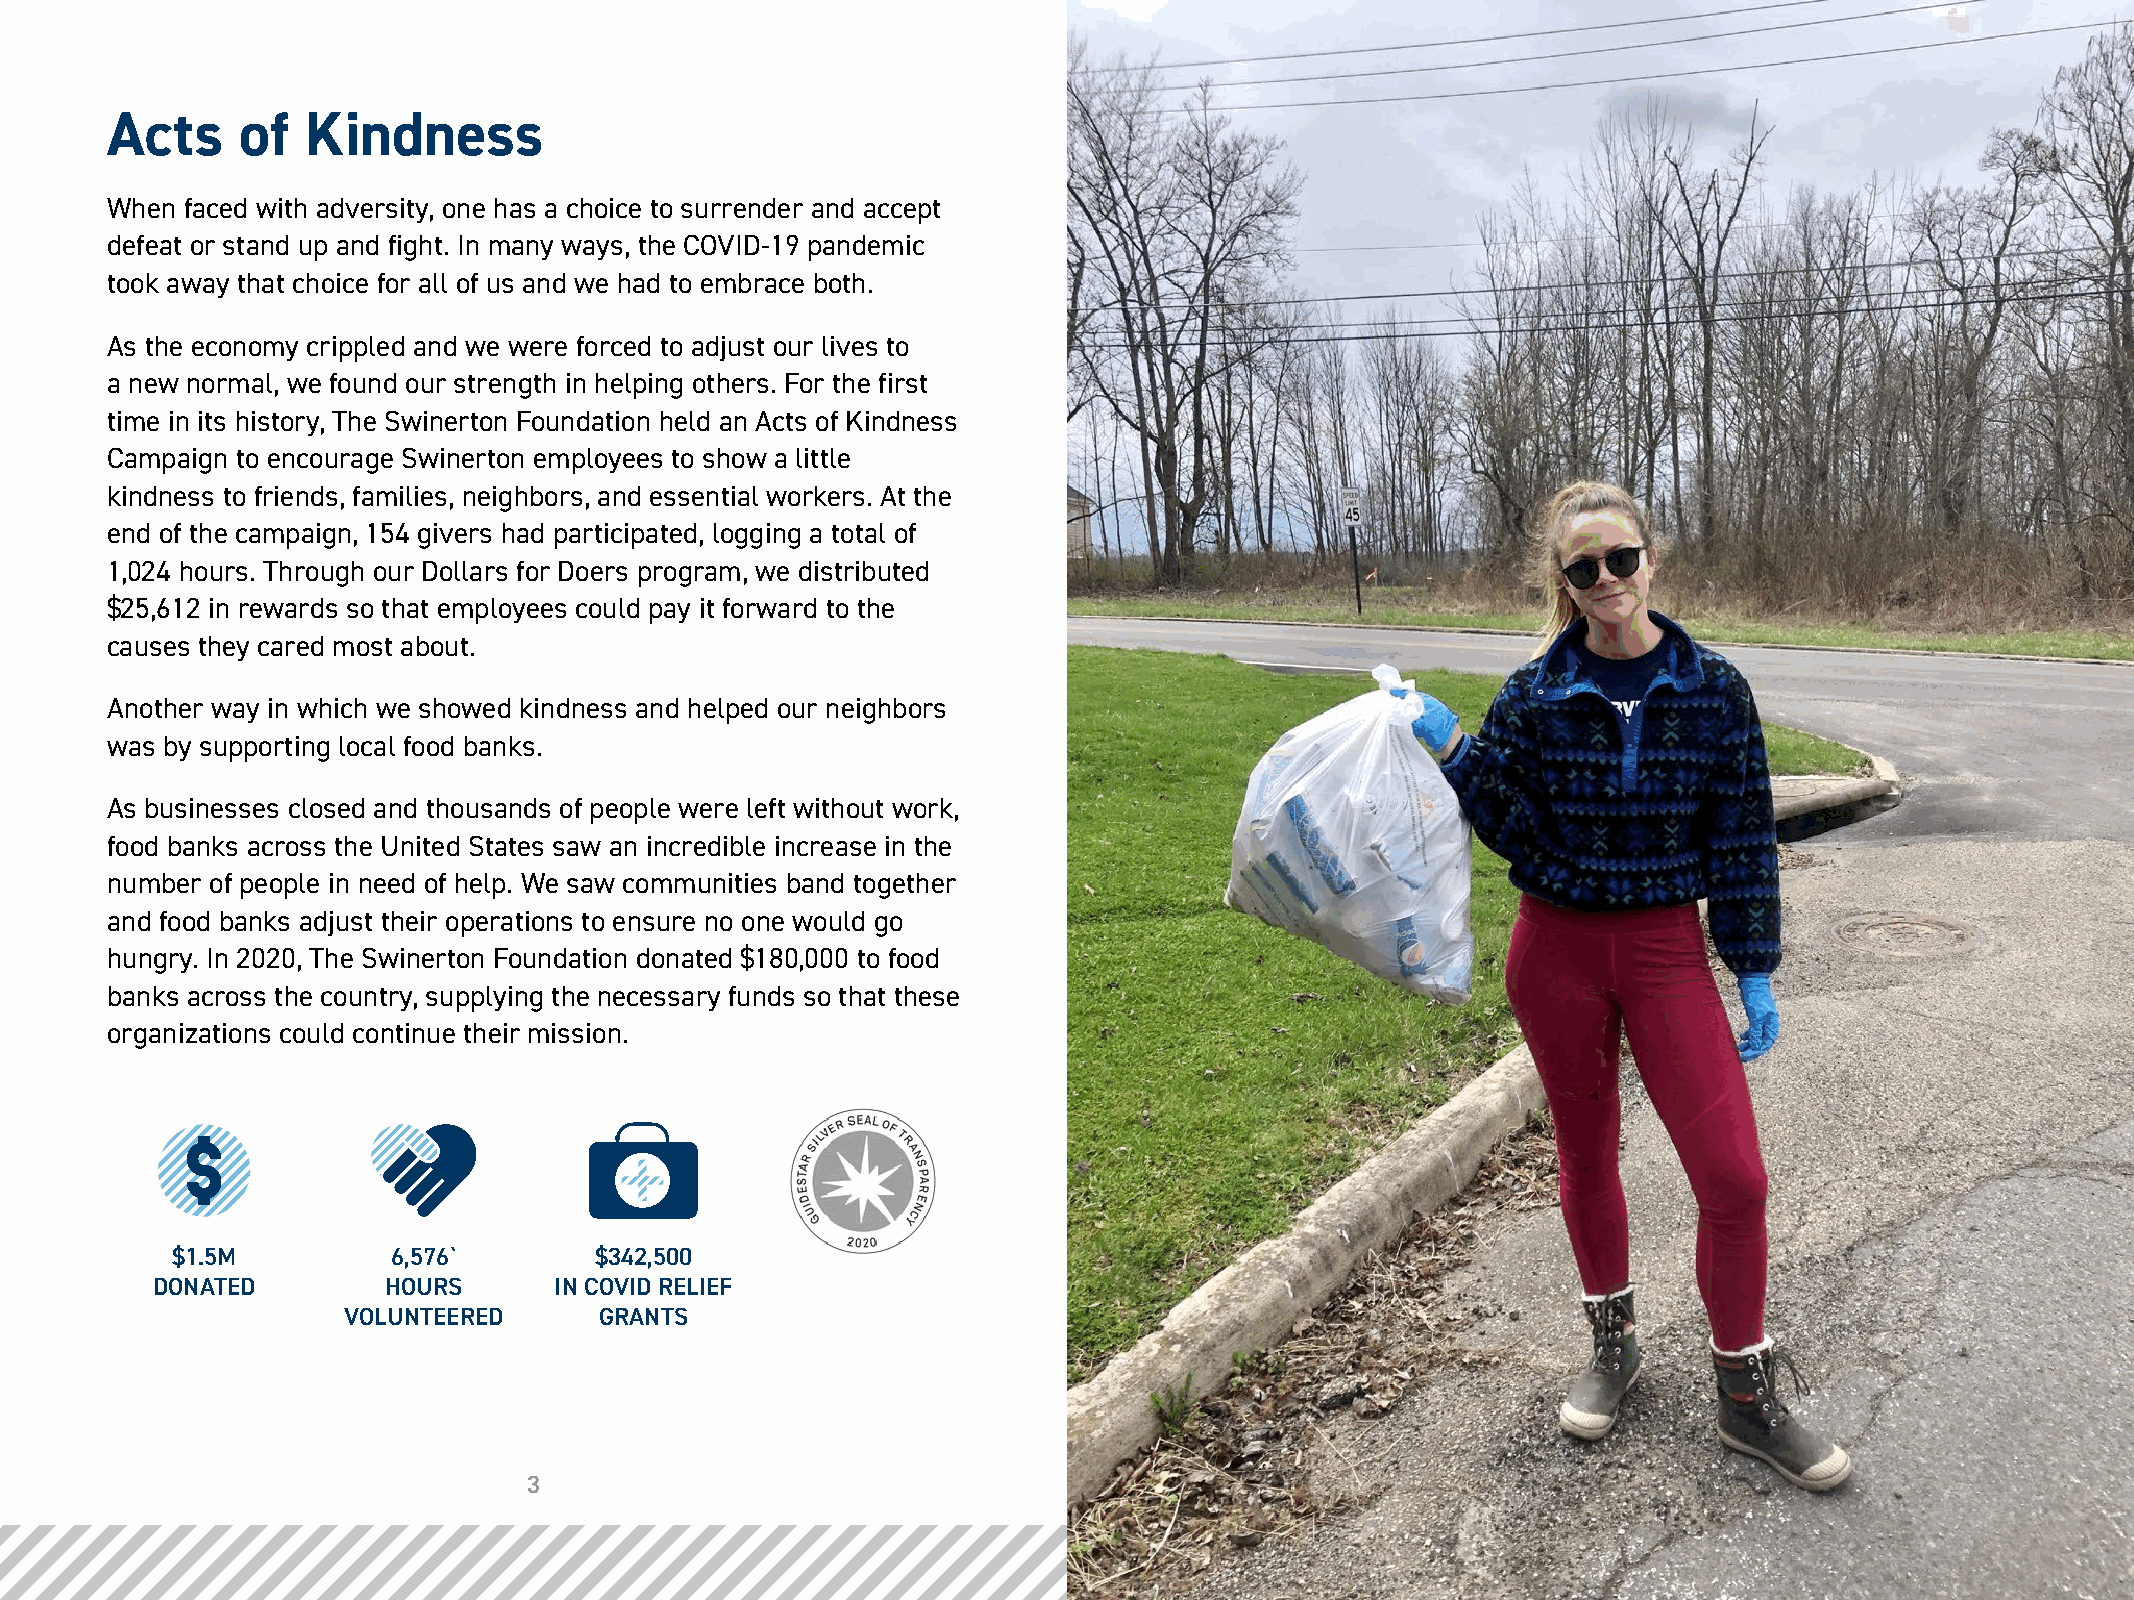
Acts     of  Kindness
 When faced with adversity, one has a choice to surrender and accept
 defeat or stand up and fight. In many ways, the COVID-19 pandemic
 took away that choice for all of us and we had to embrace both.
 As the economy crippled and we were forced to adjust our lives to
 a new normal, we found our strength in helping others. For the first
 time in its history, The Swinerton Foundation held an Acts of Kindness
 Campaign to encourage Swinerton employees to show a little
 kindness to friends, families, neighbors, and essential workers. At the
 end of the campaign, 154 givers had participated, logging a total of
 1,024 hours. Through our Dollars for Doers program, we distributed
 $25,612 in rewards so that employees could pay it forward to the
 causes they cared most about.
 Another way in which we showed kindness and helped our neighbors
 was by supporting local food banks.
 As businesses closed and thousands of people were left without work,
 food banks across the United States saw an incredible increase in the
 number of people in need of help. We saw communities band together
 and food banks adjust their operations to ensure no one would go
 hungry. In 2020, The Swinerton Foundation donated $180,000 to food
 banks across the country, supplying the necessary funds so that these
 organizations could continue their mission.
 $1.5M          6,576`       $342,500
 DONATED        HOURS       IN COVID RELIEF
 VOLUNTEERED      GRANTS
 3